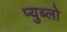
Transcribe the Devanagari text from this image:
प्युब्लो